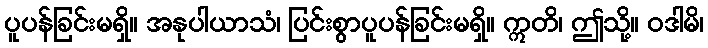
ပူပန်ခြင်းမရှိ။ အနုပါယာသံ၊ ပြင်းစွာပူပန်ခြင်းမရှိ။ ဣတိ၊ ဤသို့။ ဝဒါမိ၊